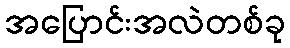
အပြောင်းအလဲတစ်ခု